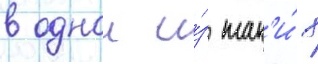
в однои и́з так'и́х